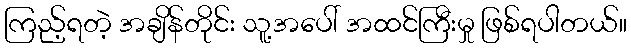
ကြည့်ရတဲ့ အချိန်တိုင်း သူ့အပေါ် အထင်ကြီးမှု ဖြစ်ရပါတယ်။